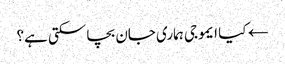
← کیا ایموجی ہماری جان بچا سکتی ہے؟